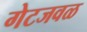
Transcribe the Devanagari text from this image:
गेटजवळ